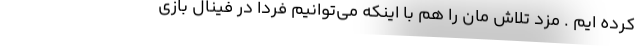
کرده ایم . مزد تلاش مان را هم با اینکه می‌توانیم فردا در فینال بازی